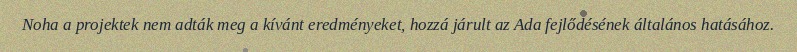
Noha a projektek nem adták meg a kívánt eredményeket, hozzá járult az Ada fejlődésének általános hatásához.